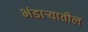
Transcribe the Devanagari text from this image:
भंडार्‍यातील